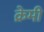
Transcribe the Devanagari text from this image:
क्रेमी